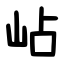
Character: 岾